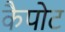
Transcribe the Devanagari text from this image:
कैपोट